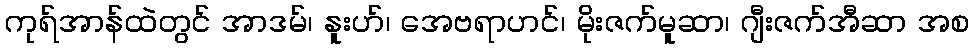
ကုရ်အာန်ထဲတွင် အာဒမ်၊ နူးဟ်၊ အေဗရာဟင်၊ မိုးဇက်မူဆာ၊ ဂျီးဇက်အီဆာ အစ